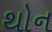
થોન